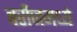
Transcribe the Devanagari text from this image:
बरीजमध्ये